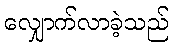
လျှောက်လာခဲ့သည်